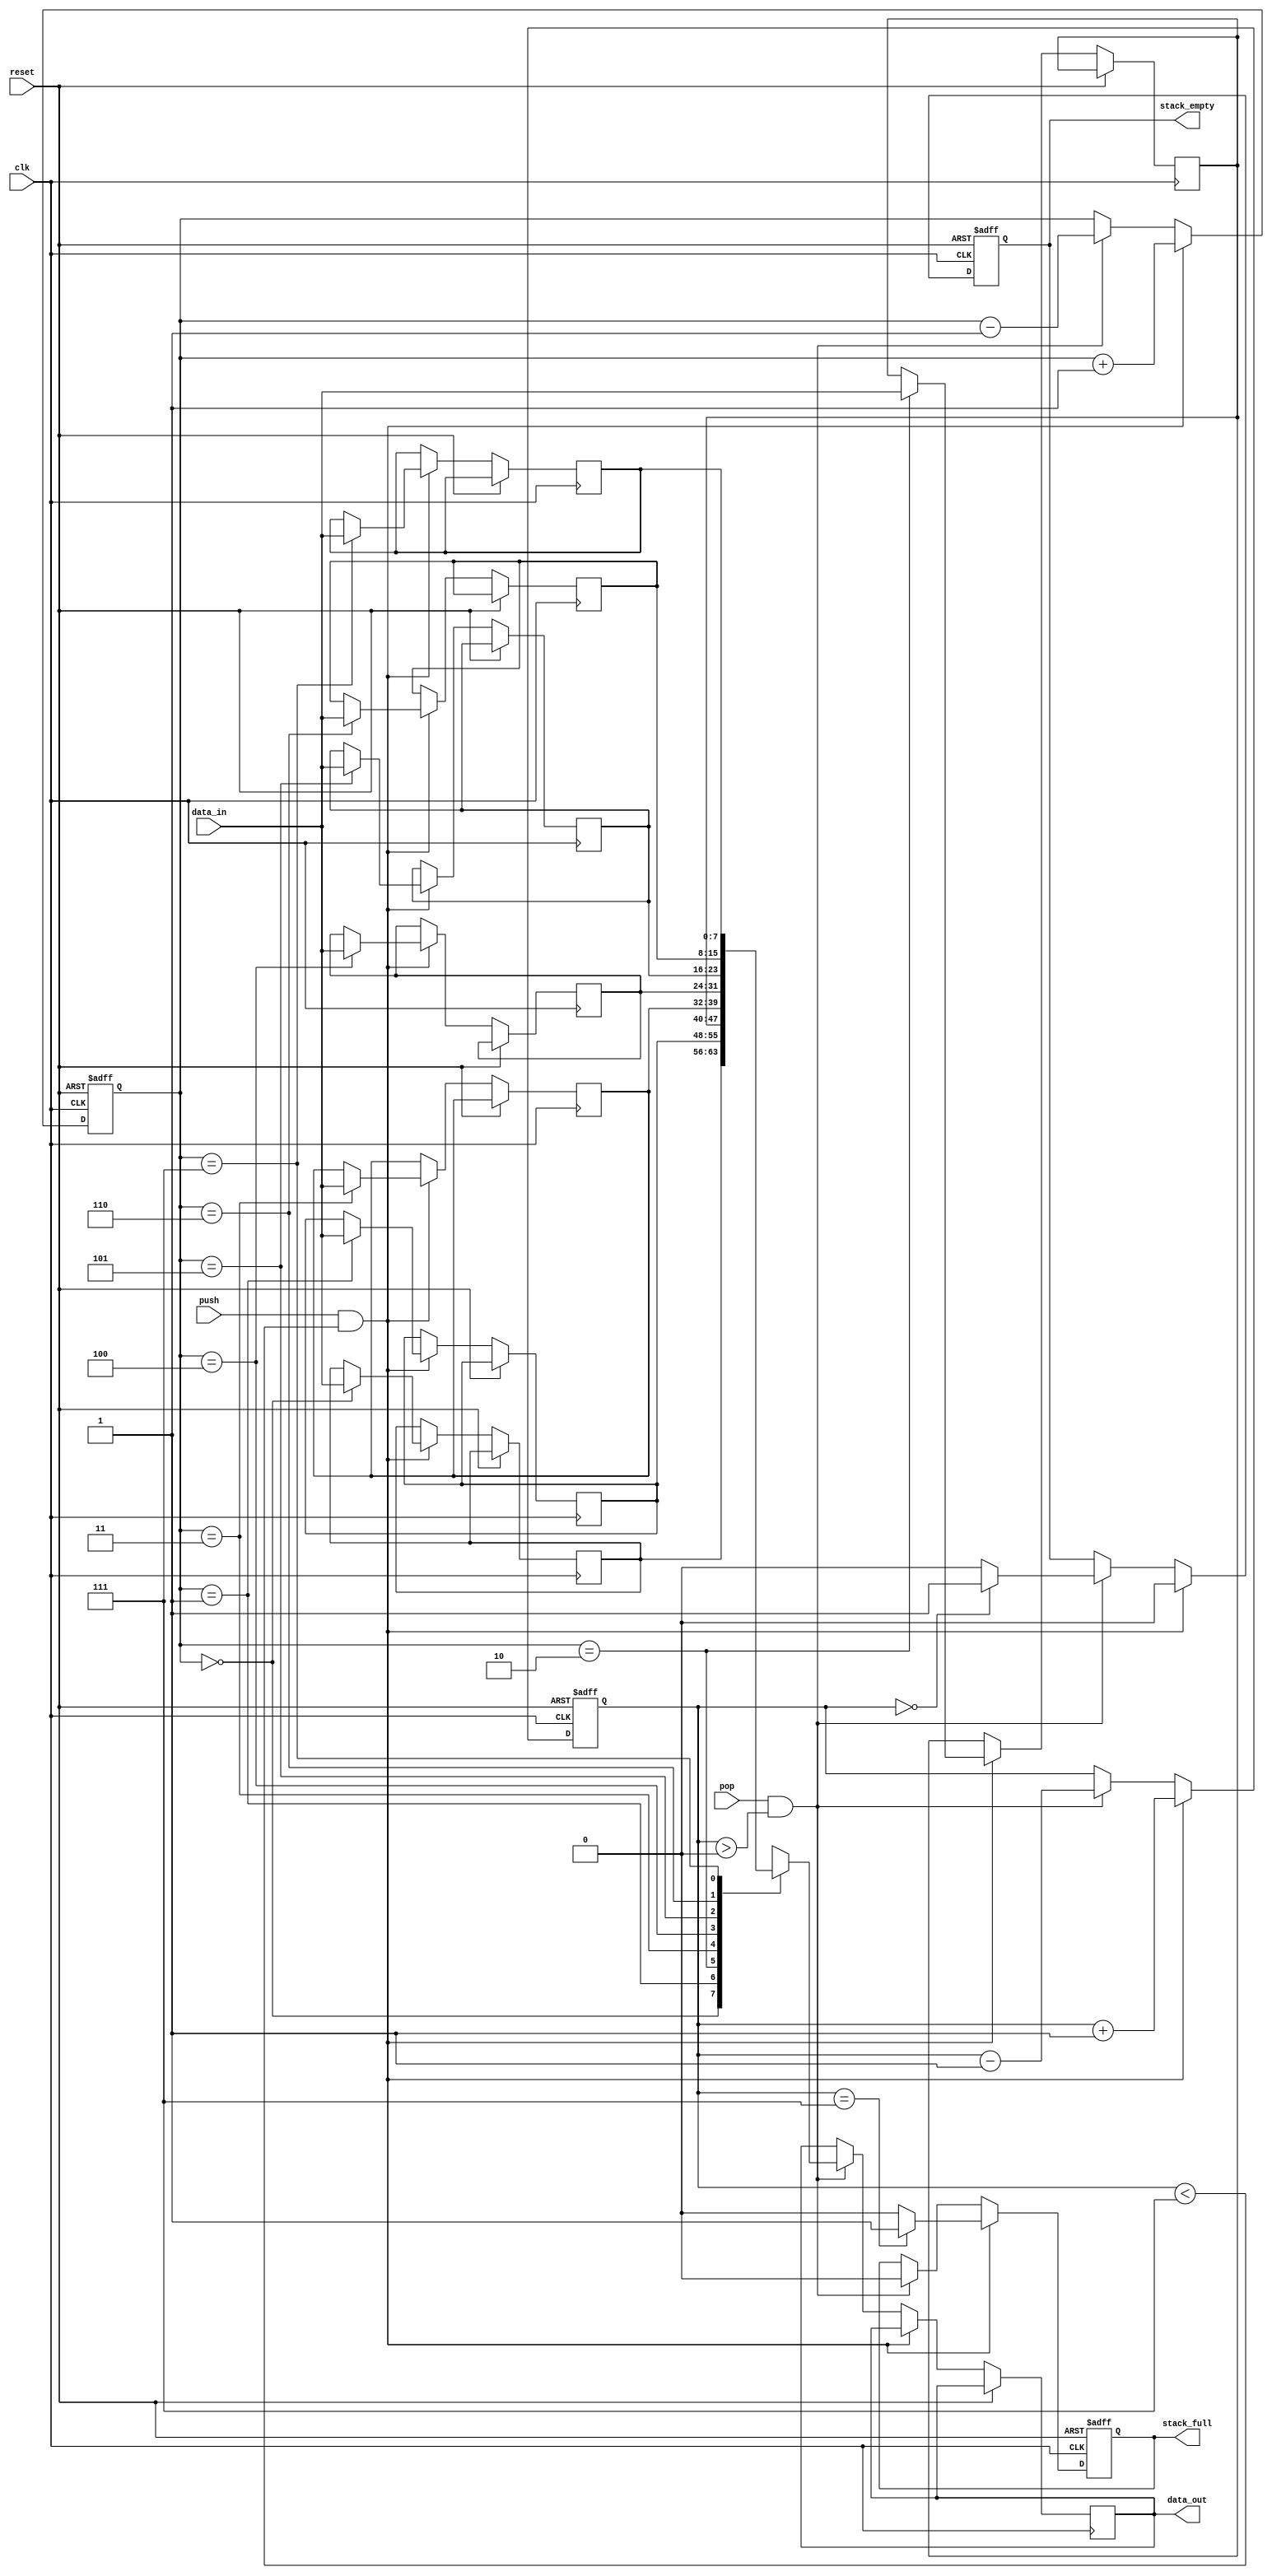
// Code your design here
module Stack (
    input wire clk,
    input wire reset,
    input wire push,
    input wire pop,
    input wire [7:0] data_in,
    output reg [7:0] data_out,
    output reg stack_empty,
    output reg stack_full
);

    parameter STACK_DEPTH = 8; // Define stack depth

    reg [7:0] stack [0:STACK_DEPTH-1]; // Stack memory
    reg [2:0] top = 3'b000; // Stack pointer (initialized to 0)

    // Flags to indicate stack status
    reg [2:0] stack_size = 3'b000; // Current stack size
    reg [2:0] max_stack_size = 3'b111; // Maximum stack size

    always @(posedge clk or posedge reset) begin
        if (reset) begin
            top <= 3'b000; // Reset stack pointer
            stack_size <= 3'b000; // Reset stack size
            stack_empty <= 1'b1; // Stack is initially empty
            stack_full <= 1'b0; // Stack is initially not full
        end else begin
            // Push operation
            if (push && stack_size < max_stack_size) begin
                stack[top] <= data_in;
                top <= top + 1;
                stack_size <= stack_size + 1;
                stack_empty <= 1'b0;
                stack_full <= (stack_size == max_stack_size) ? 1'b1 : 1'b0;
            end
            // Pop operation
            else if (pop && stack_size > 0) begin
                top <= top - 1;
                data_out <= stack[top];
                stack_size <= stack_size - 1;
                stack_full <= 1'b0;
                stack_empty <= (stack_size == 0) ? 1'b1 : 1'b0;
            end
        end
    end

endmodule